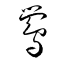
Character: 鷽